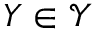
Y \in \mathcal { Y }